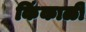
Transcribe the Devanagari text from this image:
किंकाळी